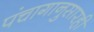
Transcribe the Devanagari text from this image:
पंचागानुसारही